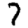
Digit: 7